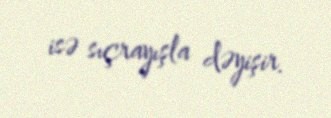
isə sıçrayışla dəyişir.